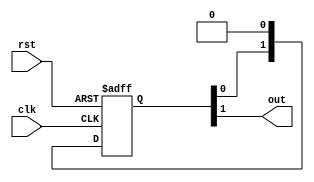
module sync_reset #
(
    // depth of synchronizer
    parameter N = 2
)
(
    input  wire clk,
    input  wire rst,
    output wire out
);

(* srl_style = "register" *)
reg [N-1:0] sync_reg = {N{1'b1}};

assign out = sync_reg[N-1];

always @(posedge clk or posedge rst) begin
    if (rst) begin
        sync_reg <= {N{1'b1}};
    end else begin
        sync_reg <= {sync_reg[N-2:0], 1'b0};
    end
end

endmodule